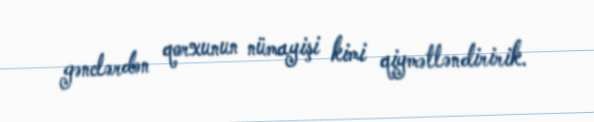
gənclərdən qorxunun nümayişi kimi qiymətləndiririk.